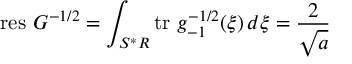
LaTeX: \mathrm { r e s } \ G ^ { - 1 / 2 } = \int _ { S ^ { * } R } \mathrm { t r } \ g _ { - 1 } ^ { - 1 / 2 } ( \xi ) \, d \xi = \frac { 2 } { \sqrt { a } }